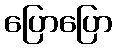
ပြောပြော